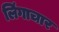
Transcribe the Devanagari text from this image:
लिंगाचार